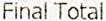
FINAL TOTAL